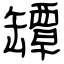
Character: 罈